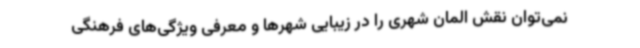
نمی‌توان نقش المان شهری را در زیبایی شهرها و معرفی ویژگی‌های فرهنگی